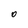
Character: O